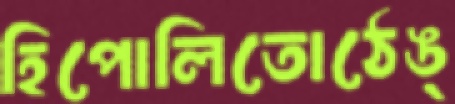
হিপোলিতোঠেঙ্